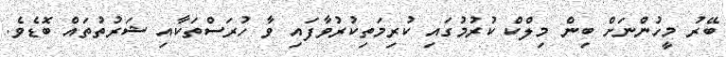
ބޭރު މީހުންނަށް ބިން މިލްކް ކުރުމުގައި ކުރިމަތިކުރުވާފައި ވާ ހުރަސްތަކާއި ޝަރުތުތައް ބޮޑެވެ.